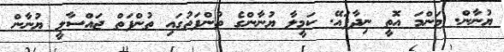
ޔުނާން. މަންމަ އޮތީ ނިދާފައޭ. ކަމީލާ ޔުނާންގެ ތުންފަތުގައި ތުންފަތް ޖައްސާލީ ޔުނާން